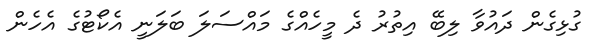
ގުޅިގެން ދައުވާ ލިބޭ އިތުރު ދެ މީހެއްގެ މައްސަލަ ބަލަނީ އެކޯޓުގެ އެހެން